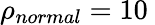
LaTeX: \rho_{normal}=10\